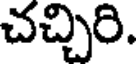
చచ్చిరి.